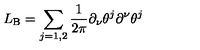
L _ { \mathrm { B } } = \sum _ { j = 1 , 2 } \frac { 1 } { 2 \pi } \partial _ { \nu } \theta ^ { j } \partial ^ { \nu } \theta ^ { j }